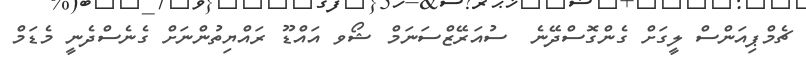
ޗެމްޕިއަންސް ލީގަށް ގެންގޮސްދޭނެ  ސުއަރޭޒްސަނަމް ޝޯވ އައްޑޫ ރައްޔިތުންނަށް ގެނެސްދެނީ މެޑަމް